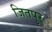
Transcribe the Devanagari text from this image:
जितपुर